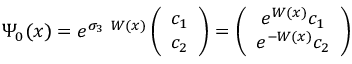
\Psi _ { 0 } ( x ) = e ^ { \sigma _ { 3 } ~ W ( x ) } \left( \begin{array} { c } { { c _ { 1 } } } \\ { { c _ { 2 } } } \end{array} \right) = \left( \begin{array} { c } { { e ^ { W ( x ) } c _ { 1 } } } \\ { { e ^ { - W ( x ) } c _ { 2 } } } \end{array} \right)